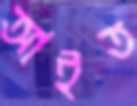
আইত